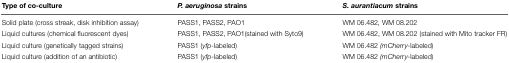
<table><thead><tr><td><b>Type of co-culture</b></td><td><b><i>P. aeruginosa</i> strains</b></td><td><b><i>S. aurantiacum</i> strains</b></td></tr></thead><tbody><tr><td>Solid plate (cross streak, disk inhibition assay)</td><td>PASS1, PASS2, PAO1</td><td>WM 06.482, WM 08.202</td></tr><tr><td>Liquid cultures (chemical fluorescent dyes)</td><td>PASS1, PASS2, PAO1 (stained with Syto9)</td><td>WM 06.482, WM 08.202 (stained with Mito tracker FR)</td></tr><tr><td>Liquid culture (genetically tagged strains)</td><td>PASS1 (<i>yfp</i>-labeled)</td><td>WM 06.482 <i>(mCherry-</i> labeled)</td></tr><tr><td>Liquid culture (addition of an antibiotic)</td><td>PASS1 (<i>yfp</i>-labeled)</td><td>WM 06.482 <i>(mCherry-</i> labeled)</td></tr></tbody></table>